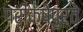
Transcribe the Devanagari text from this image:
परीक्षेपुरते